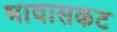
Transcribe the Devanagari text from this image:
भावासकट